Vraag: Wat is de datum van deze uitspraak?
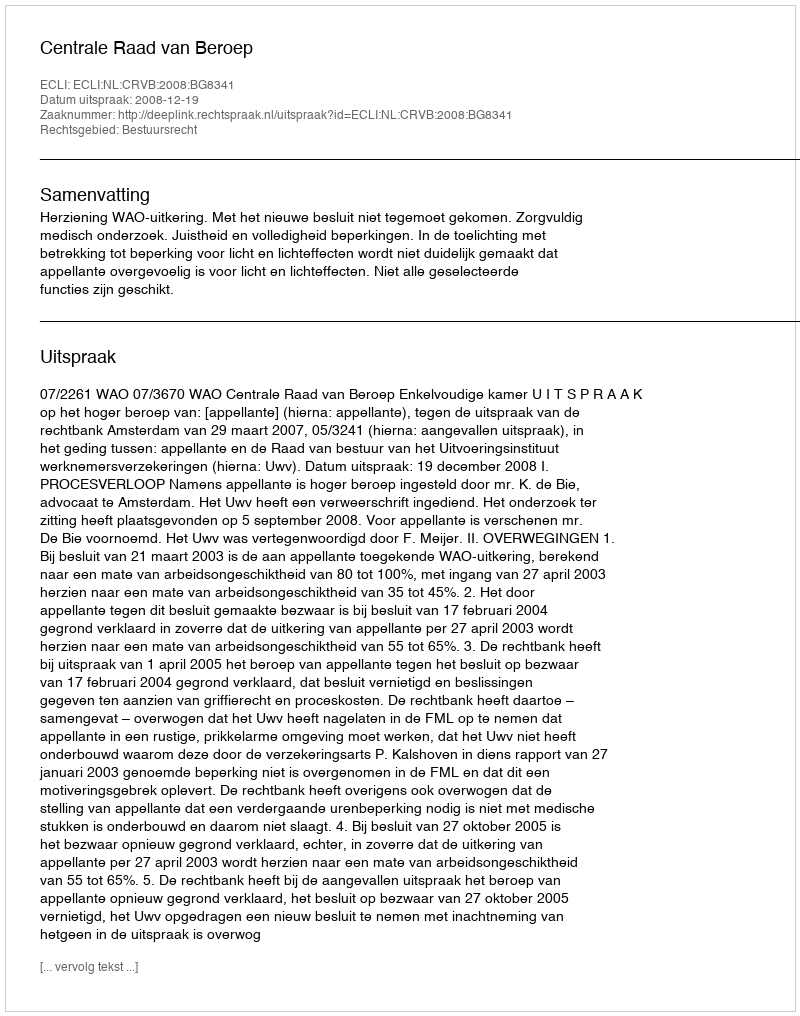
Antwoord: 2008-12-19